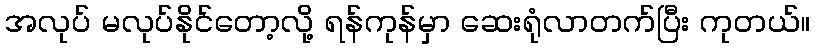
အလုပ် မလုပ်နိုင်တော့လို့ ရန်ကုန်မှာ ဆေးရုံလာတက်ပြီး ကုတယ်။